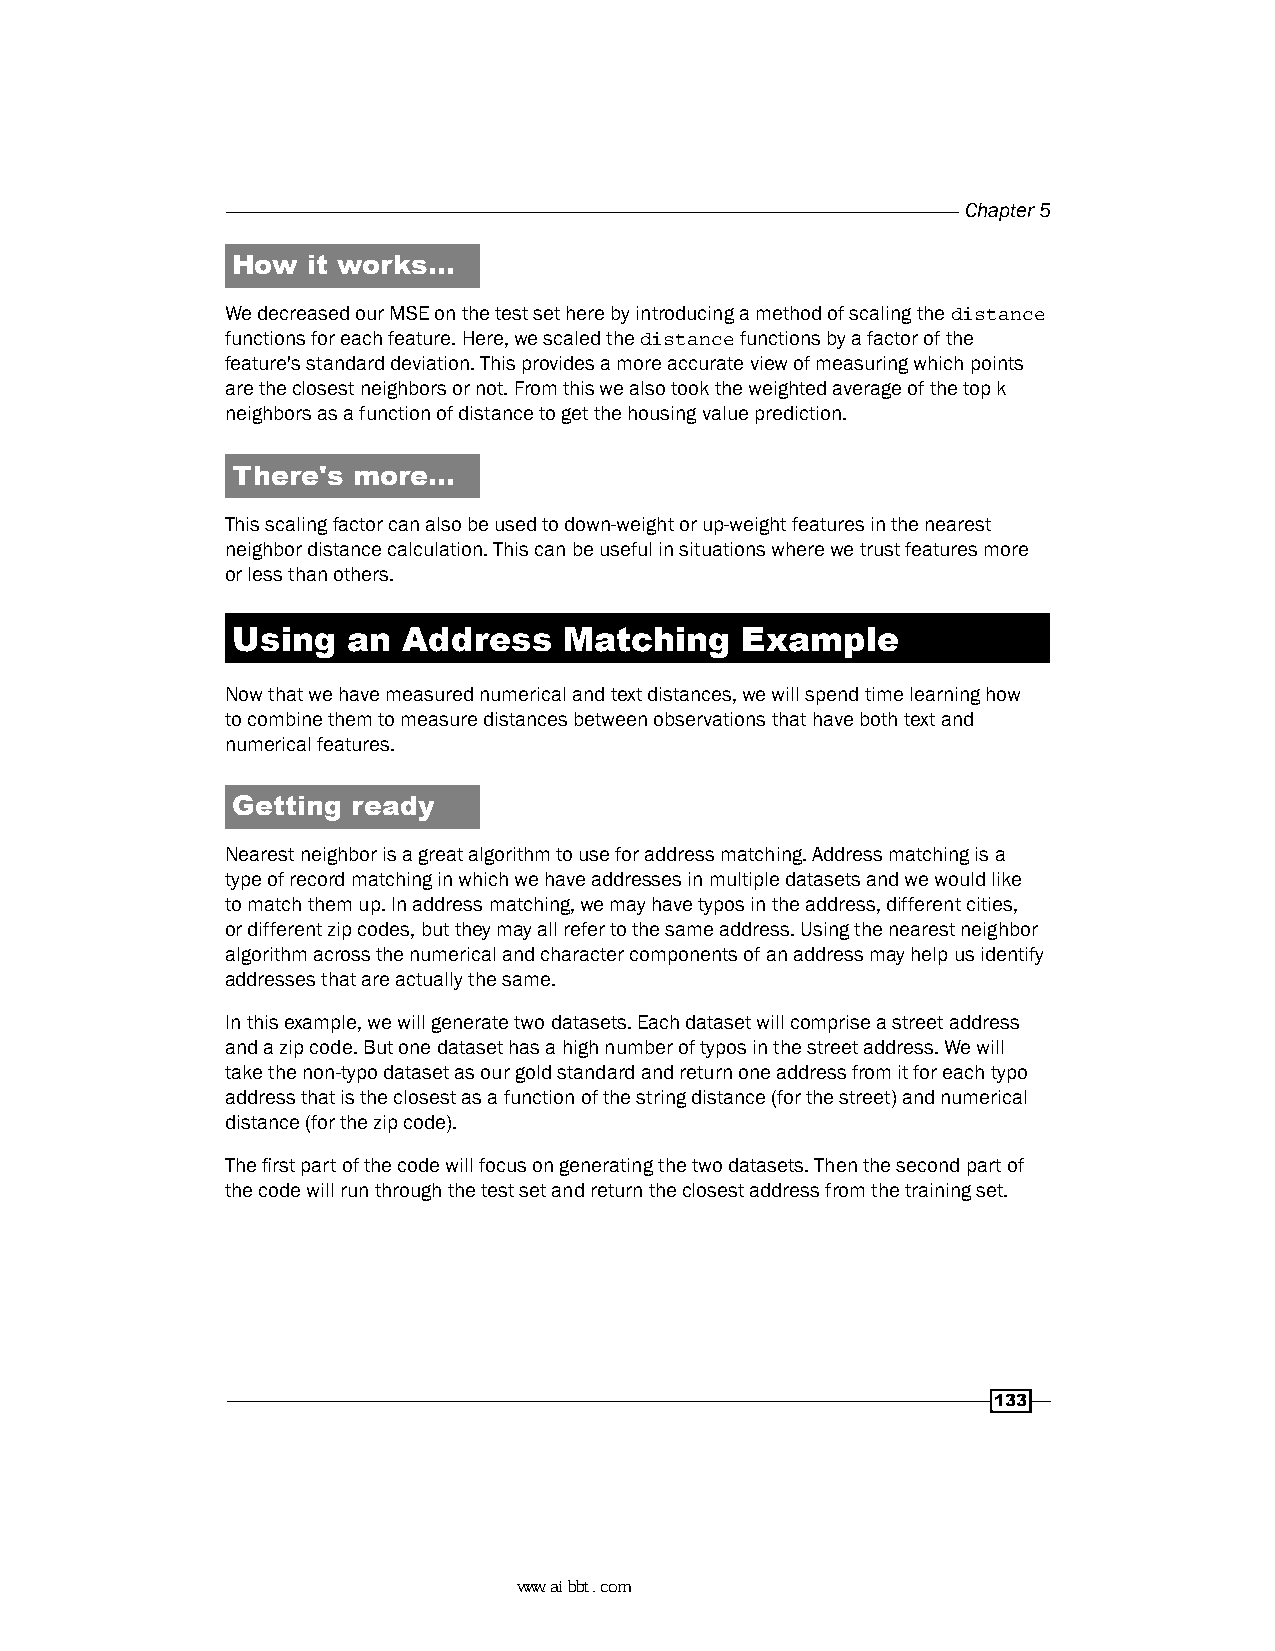
Chapter 5
 How  it works…
 We decreased our MSE on the test set here by introducing a method of scaling the distance
 functions for each feature. Here, we scaled the distance functions by a factor of the
 feature's standard deviation. This provides a more accurate view of measuring which points
 are the closest neighbors or not. From this we also took the weighted average of the top k
 neighbors as a function of distance to get the housing value prediction.
 There's more…
 This scaling factor can also be used to down-weight or up-weight features in the nearest
 neighbor distance calculation. This can be useful in situations where we trust features more
 or less than others.
 Using   an  Address   Matching    Example
 Now that we have measured numerical and text distances, we will spend time learning how
 to combine them to measure distances between observations that have both text and
 numerical features.
 Getting ready
 Nearest neighbor is a great algorithm to use for address matching. Address matching is a
 type of record matching in which we have addresses in multiple datasets and we would like
 to match them up. In address matching, we may have typos in the address, different cities,
 or different zip codes, but they may all refer to the same address. Using the nearest neighbor
 algorithm across the numerical and character components of an address may help us identify
 addresses that are actually the same.
 In this example, we will generate two datasets. Each dataset will comprise a street address
 and a zip code. But one dataset has a high number of typos in the street address. We will
 take the non-typo dataset as our gold standard and return one address from it for each typo
 address that is the closest as a function of the string distance (for the street) and numerical
 distance (for the zip code).
 The first part of the code will focus on generating the two datasets. Then the second part of
 the code will run through the test set and return the closest address from the training set.
 133
 www.aibbt.com 让未来触手可及